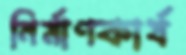
নির্মাণকার্য